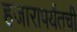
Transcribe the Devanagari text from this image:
हजारापर्यंतची